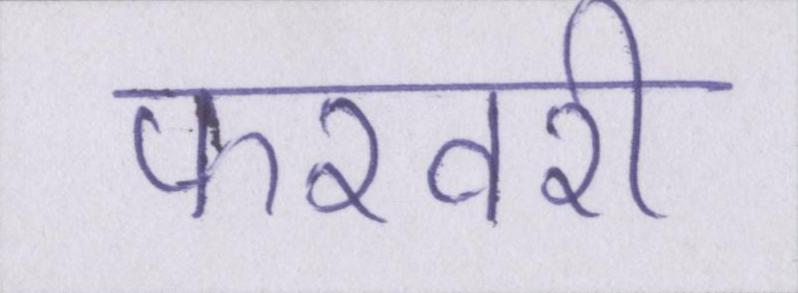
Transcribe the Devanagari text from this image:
फरवरी